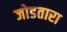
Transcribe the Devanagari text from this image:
जोडतारा